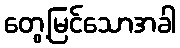
တွေ့မြင်သောအခါ